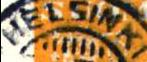
HELSINKI